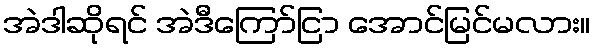
အဲဒါဆိုရင် အဲဒီကြော်ငြာ အောင်မြင်မလား။